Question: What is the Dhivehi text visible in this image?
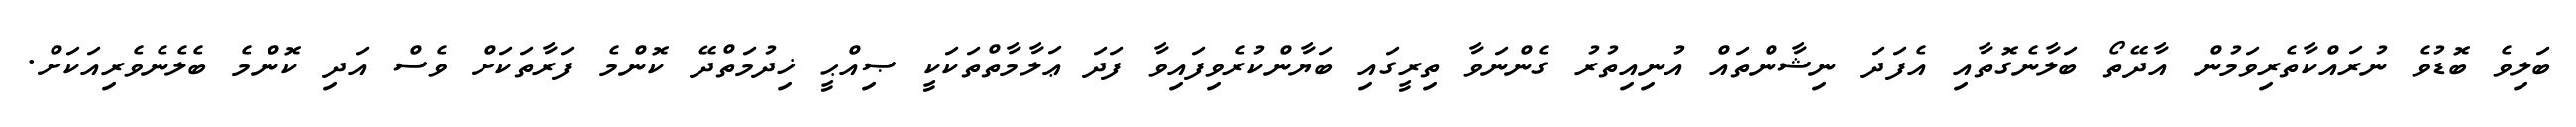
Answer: ބަލިވެ ބޮޑުވެ ނުރައްކާތެރިވަމުން އާދޭތޯ ބަލާނެގޮތާއި އެފަދަ ނިޝާންތައް އުނިއިތުރު ގެންނަވާ ތިރީގައި ބަޔާންކުރެވިފައިވާ ފަދަ ޢަލާމާތްތަކަކީ ޞިއްޙީ ޚިދުމަތްދޭ ކޮންމެ ފަރާތަކަށް ވެސް އަދި ކޮންމެ ބެލެނެވެރިއަކަށް.